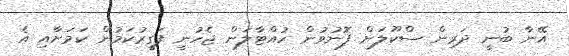
އޭނާ ބުނީ ދަރިން ސްކޫލަށް ފޮނުވުން ހުއްޓާލަން ޖެހުނީ ފަގީރުކަމުން ކަމަށާއި އެ